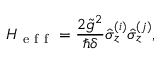
H _ { \mathrm { ~ e ~ f ~ f ~ } } = \frac { 2 \tilde { g } ^ { 2 } } { \hbar \delta } \hat { \sigma } _ { z } ^ { ( i ) } \hat { \sigma } _ { z } ^ { ( j ) } ,